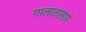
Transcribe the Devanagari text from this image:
गालातासारे